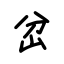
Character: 岔